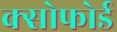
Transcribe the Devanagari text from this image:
क्सोफोर्ड